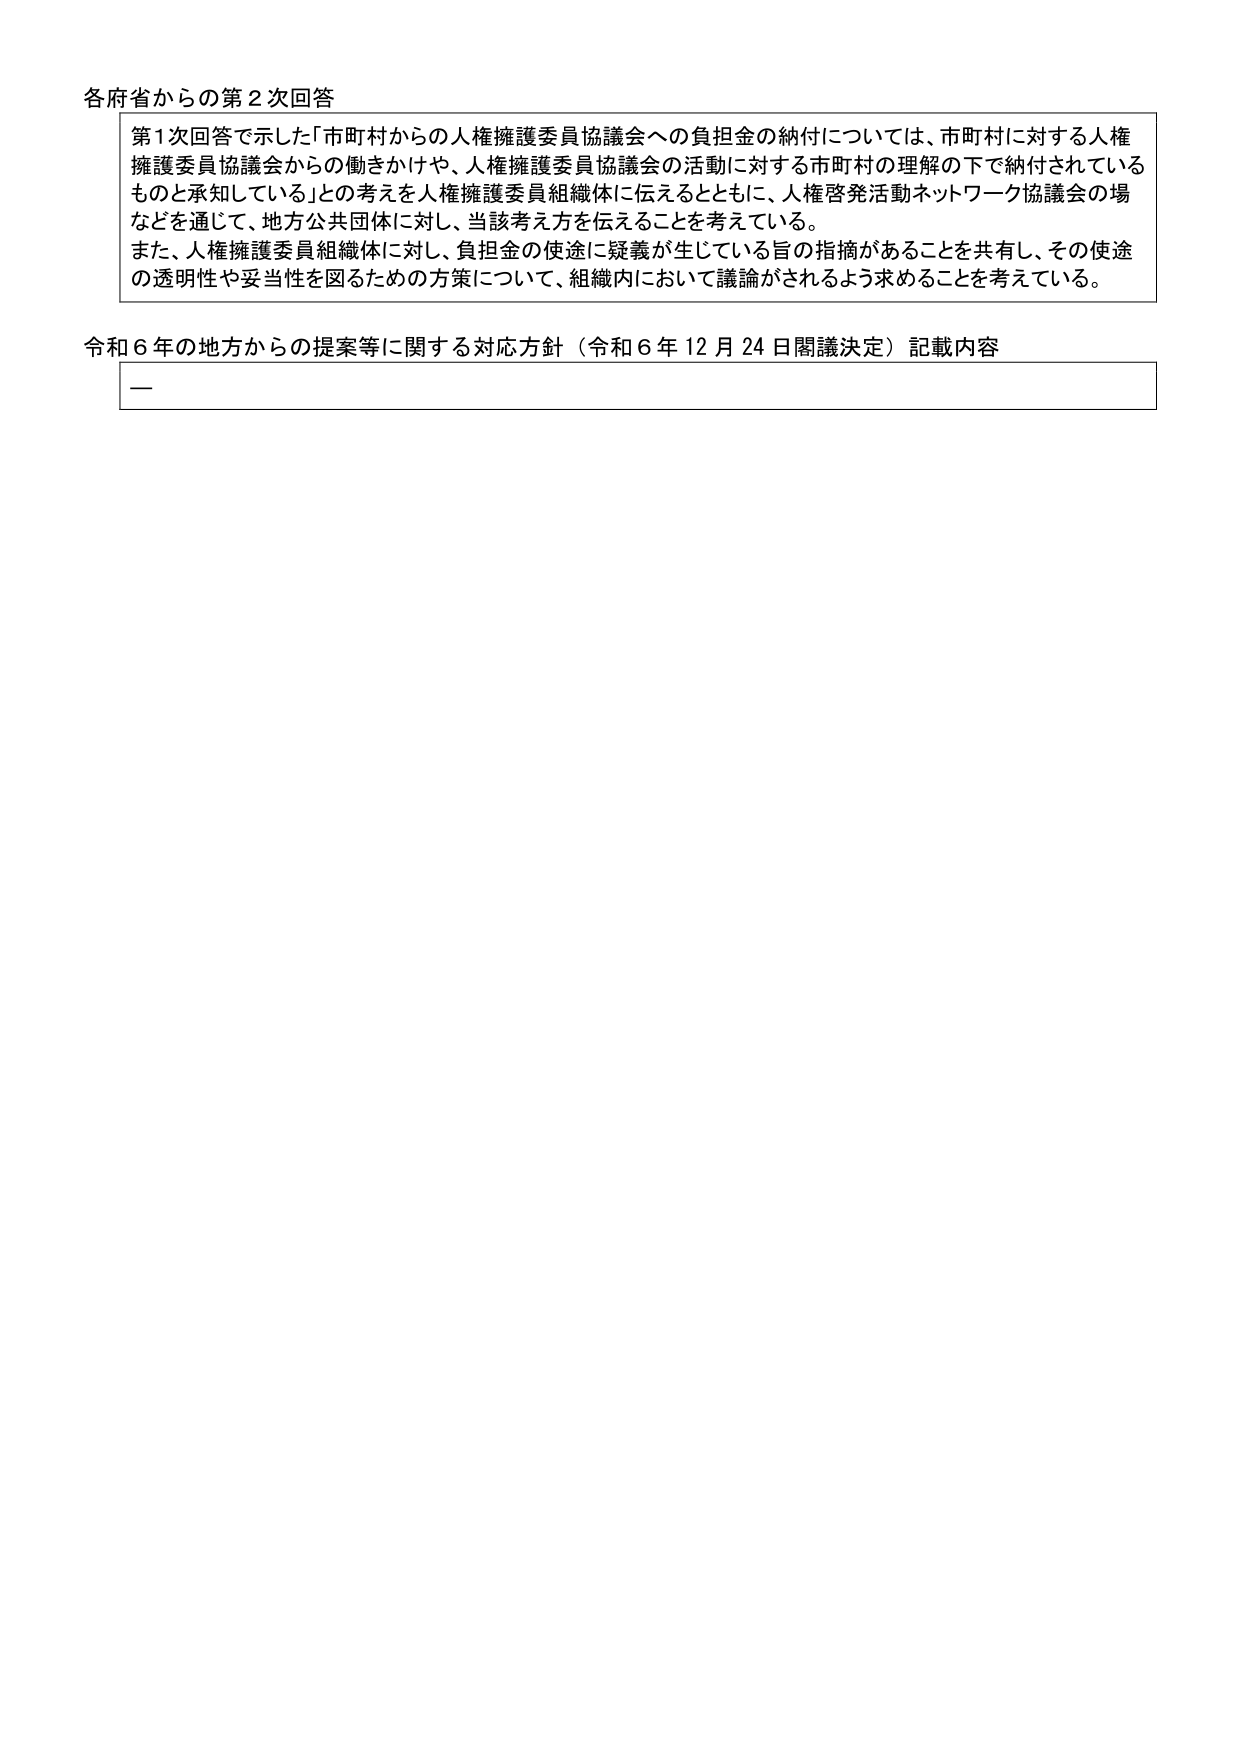
各府省からの第2次回答

第1次回答で示した「市町村からの人権擁護委員協議会への負担金の納付については、市町村に対する人権擁護委員協議会からの働きかけや、人権擁護委員協議会の活動に対する市町村の理解の下で納付されているものと承知している」との考えを人権擁護委員組織体に伝えるとともに、人権啓発活動ネットワーク協議会の場などを通じて、地方公共団体に対し、当該考え方を伝えることを考えている。

また、人権擁護委員組織体に対し、負担金の使途に疑義が生じている旨の指摘があることを共有し、その使途の透明性や妥当性を図るための方策について、組織内において議論がされるよう求めることを考えている。

令和6年の地方からの提案等に関する対応方針（令和6年12月24日閣議決定）記載内容

一